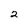
Character: 2